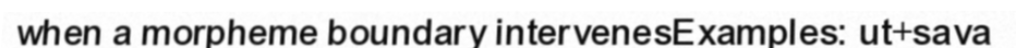
when a morpheme boundary intervenesExamples: ut+sava